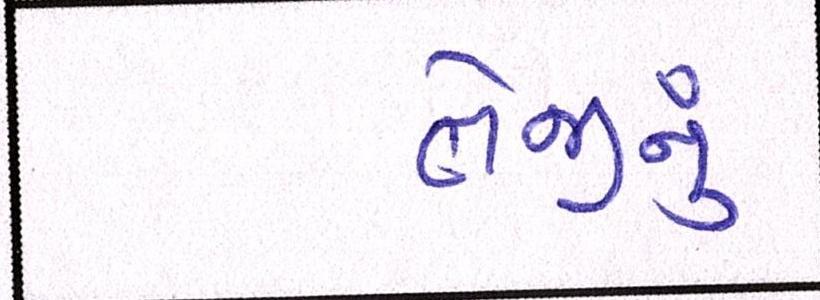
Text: તેજીનું